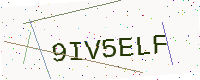
Text: 9IV5ELF